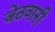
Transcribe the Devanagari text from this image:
जेठवानी